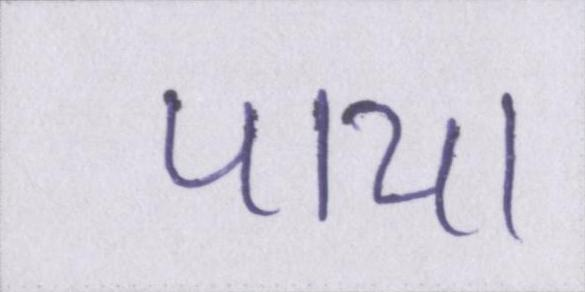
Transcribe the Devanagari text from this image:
पाया